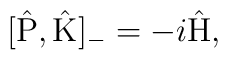
[\hat{\rm P} , \hat{\rm K}]_{-} =  -i \hat{\rm H},